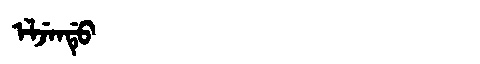
Manchu: ᡝᠯᠵᡝᠨᡩᡠ
Romanization: ELJENDU